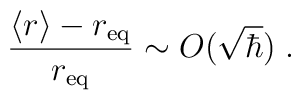
\frac{\langle r\rangle - r_{\rm eq}}{r_{\rm eq}}\sim O({\sqrt\hbar}) \;.